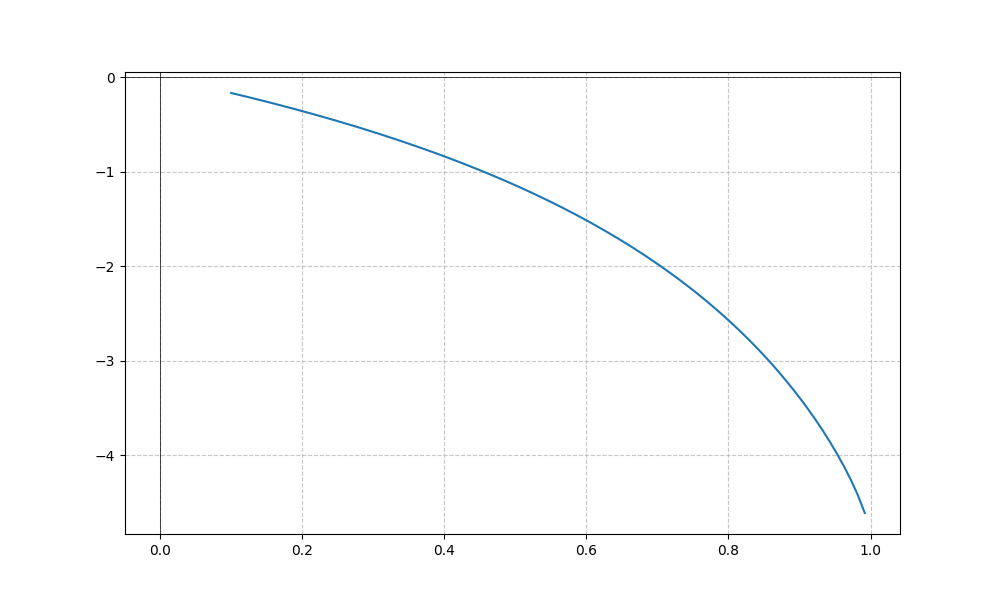
LaTeX formula: - \tan{\left(x \right)} \operatorname{acos}{\left(- x \right)}